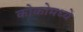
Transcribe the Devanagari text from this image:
कोकोमध्ये